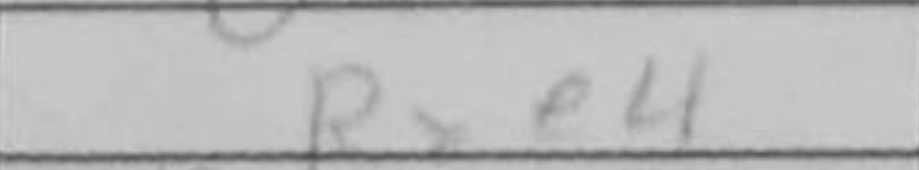
Transcription: Rxe4